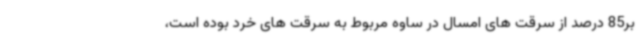
بر85 درصد از سرقت های امسال در ساوه مربوط به سرقت های خرد بوده است،